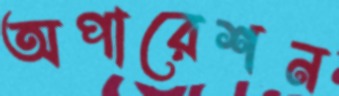
অপারেশন